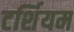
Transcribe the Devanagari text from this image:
टर्शियम